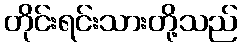
တိုင်းရင်းသားတို့သည်